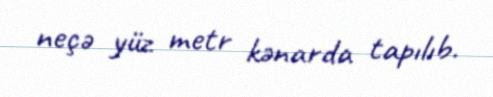
neçə yüz metr kənarda tapılıb.